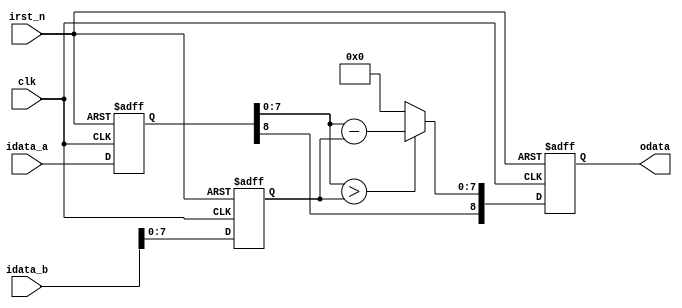
`timescale 1 ps / 1 ps

module DOGImage(
  input                clk,
  input                irst_n,
  input         [8:0]  idata_a,
  input         [8:0]  idata_b,
  output  reg   [8:0]  odata
);

reg  [8:0]  r_data_a;
reg  [8:0]  r_data_b;

always@(posedge clk or negedge irst_n) begin
  if (!irst_n) begin
    r_data_a <= 0;
    r_data_b <= 0;
    odata <= 0;
  end 
  else begin
    r_data_a <= idata_a;
    r_data_b <= idata_b;
    if (r_data_a[7:0] > r_data_b[7:0]) begin
      odata[7:0] <= r_data_a[7:0] - r_data_b[7:0];
    end
    else begin
      odata[7:0] <= 0;      
    end
    odata[8] <= r_data_a[8];
  end 
end

endmodule